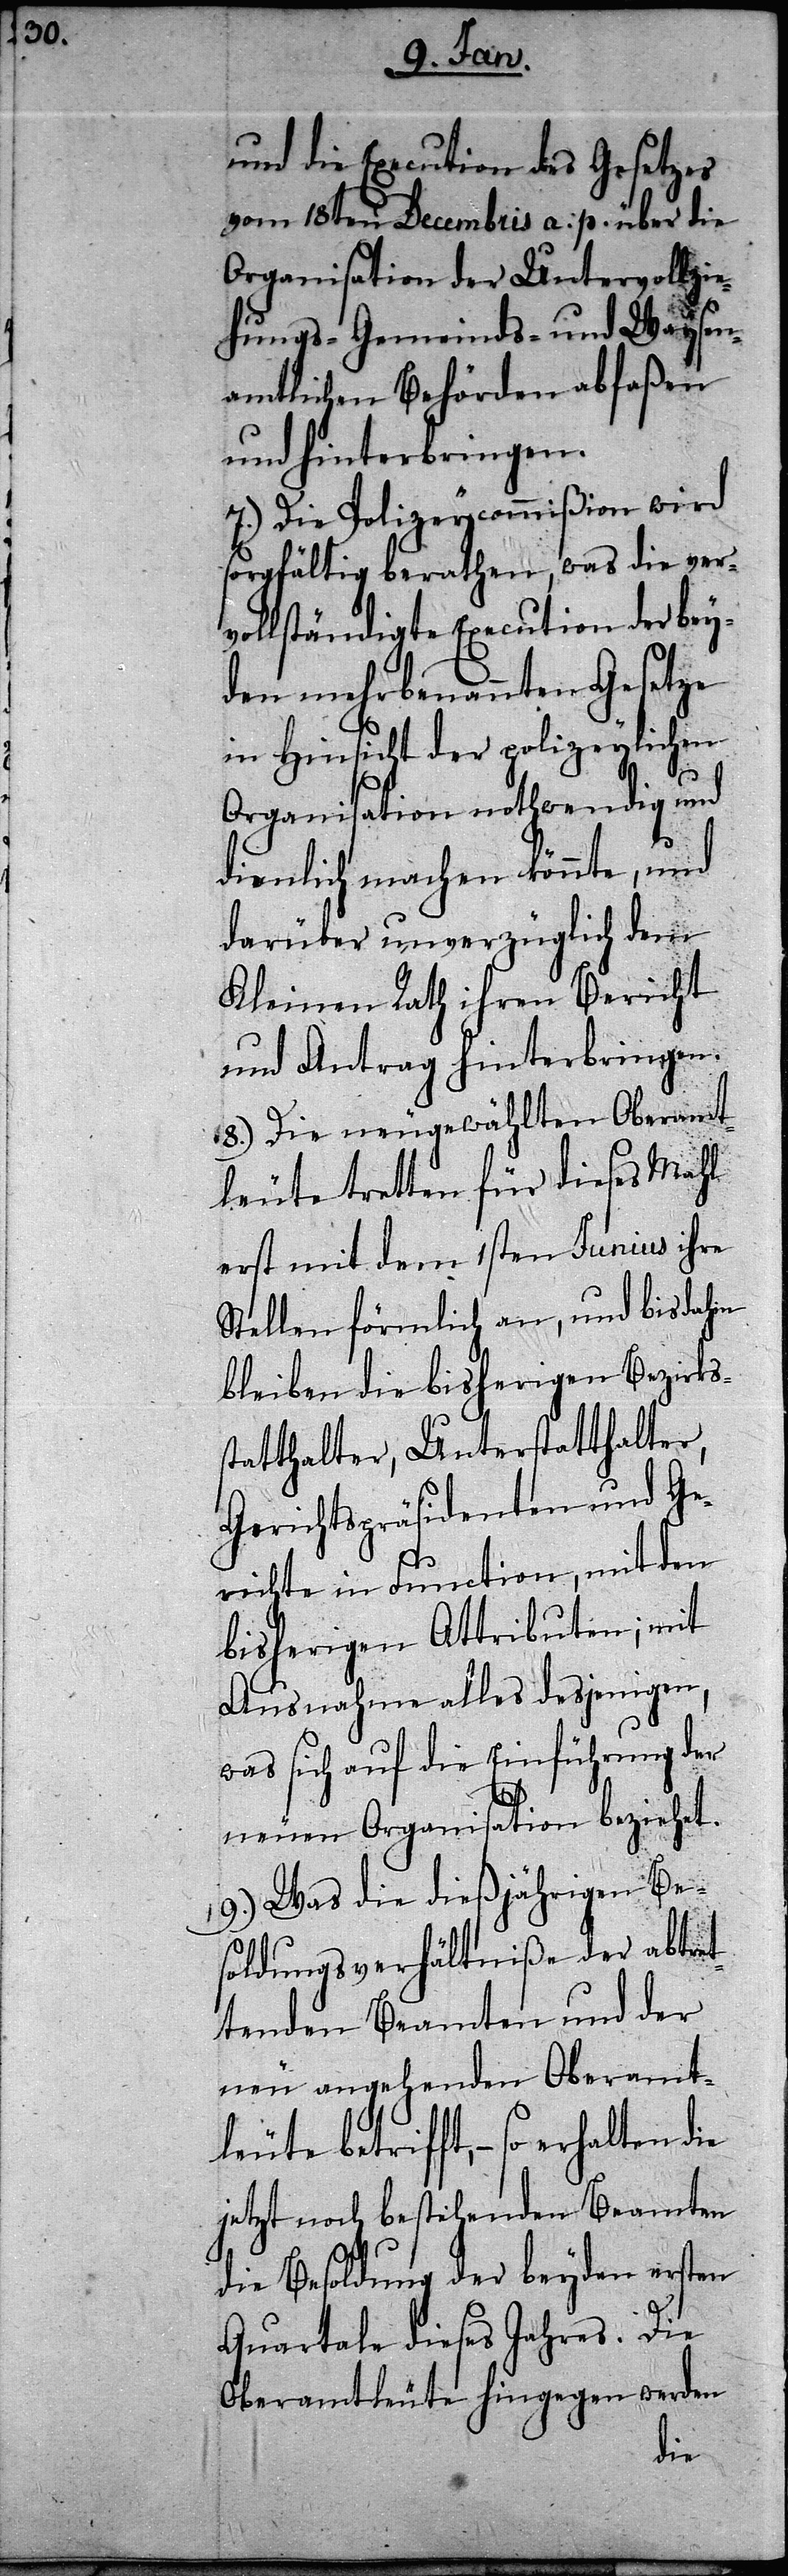
und die Execution des Gesetzes
vom 18ten Decembris a. p. über die
Organisation der Untervollzie¬
hungs-[,] Gemeinds- und Waysen¬
amtlichen Behörden abfaßen
und hinterbringen.
7.) Die Polizeycommißion wird
sorgfältig berathen, was die ver¬
vollständigte Execution der bey¬
den mehrbenannten Gesetze
in Hinsicht der polizeylichen
Organisation nothwendig und
dienlich machen könnte, und
darüber unverzüglich dem
Kleinen Rath ihren Bericht
und Antrag hinterbringen.
8.) Die neugewählten Oberamt¬
leute tretten für dieses Mahl
erst mit dem 1sten Junius ihre
Stellen förmlich an, und bis dahin
bleiben die bisherigen Bezirks¬
statthalter, Unterstatthalter,
Gerichtspräsidenten und Ge¬
richte in Function, mit den
bisherigen Attributen; mit
Ausnahme alles desjenigen,
was sich auf die Einführung der
neuen Organisation beziehet.
9.) Was die dießjährigen Be¬
soldungsverhältniße der abtret¬
tenden Beamten und der
neu angehenden Oberamt¬
leute betrifft, – so erhalten
jetzt noch bestehenden Beamten
die Besoldung der beyden ersten
Quartale dieses Jahres. Die
Oberamtleute hingegen werden
die